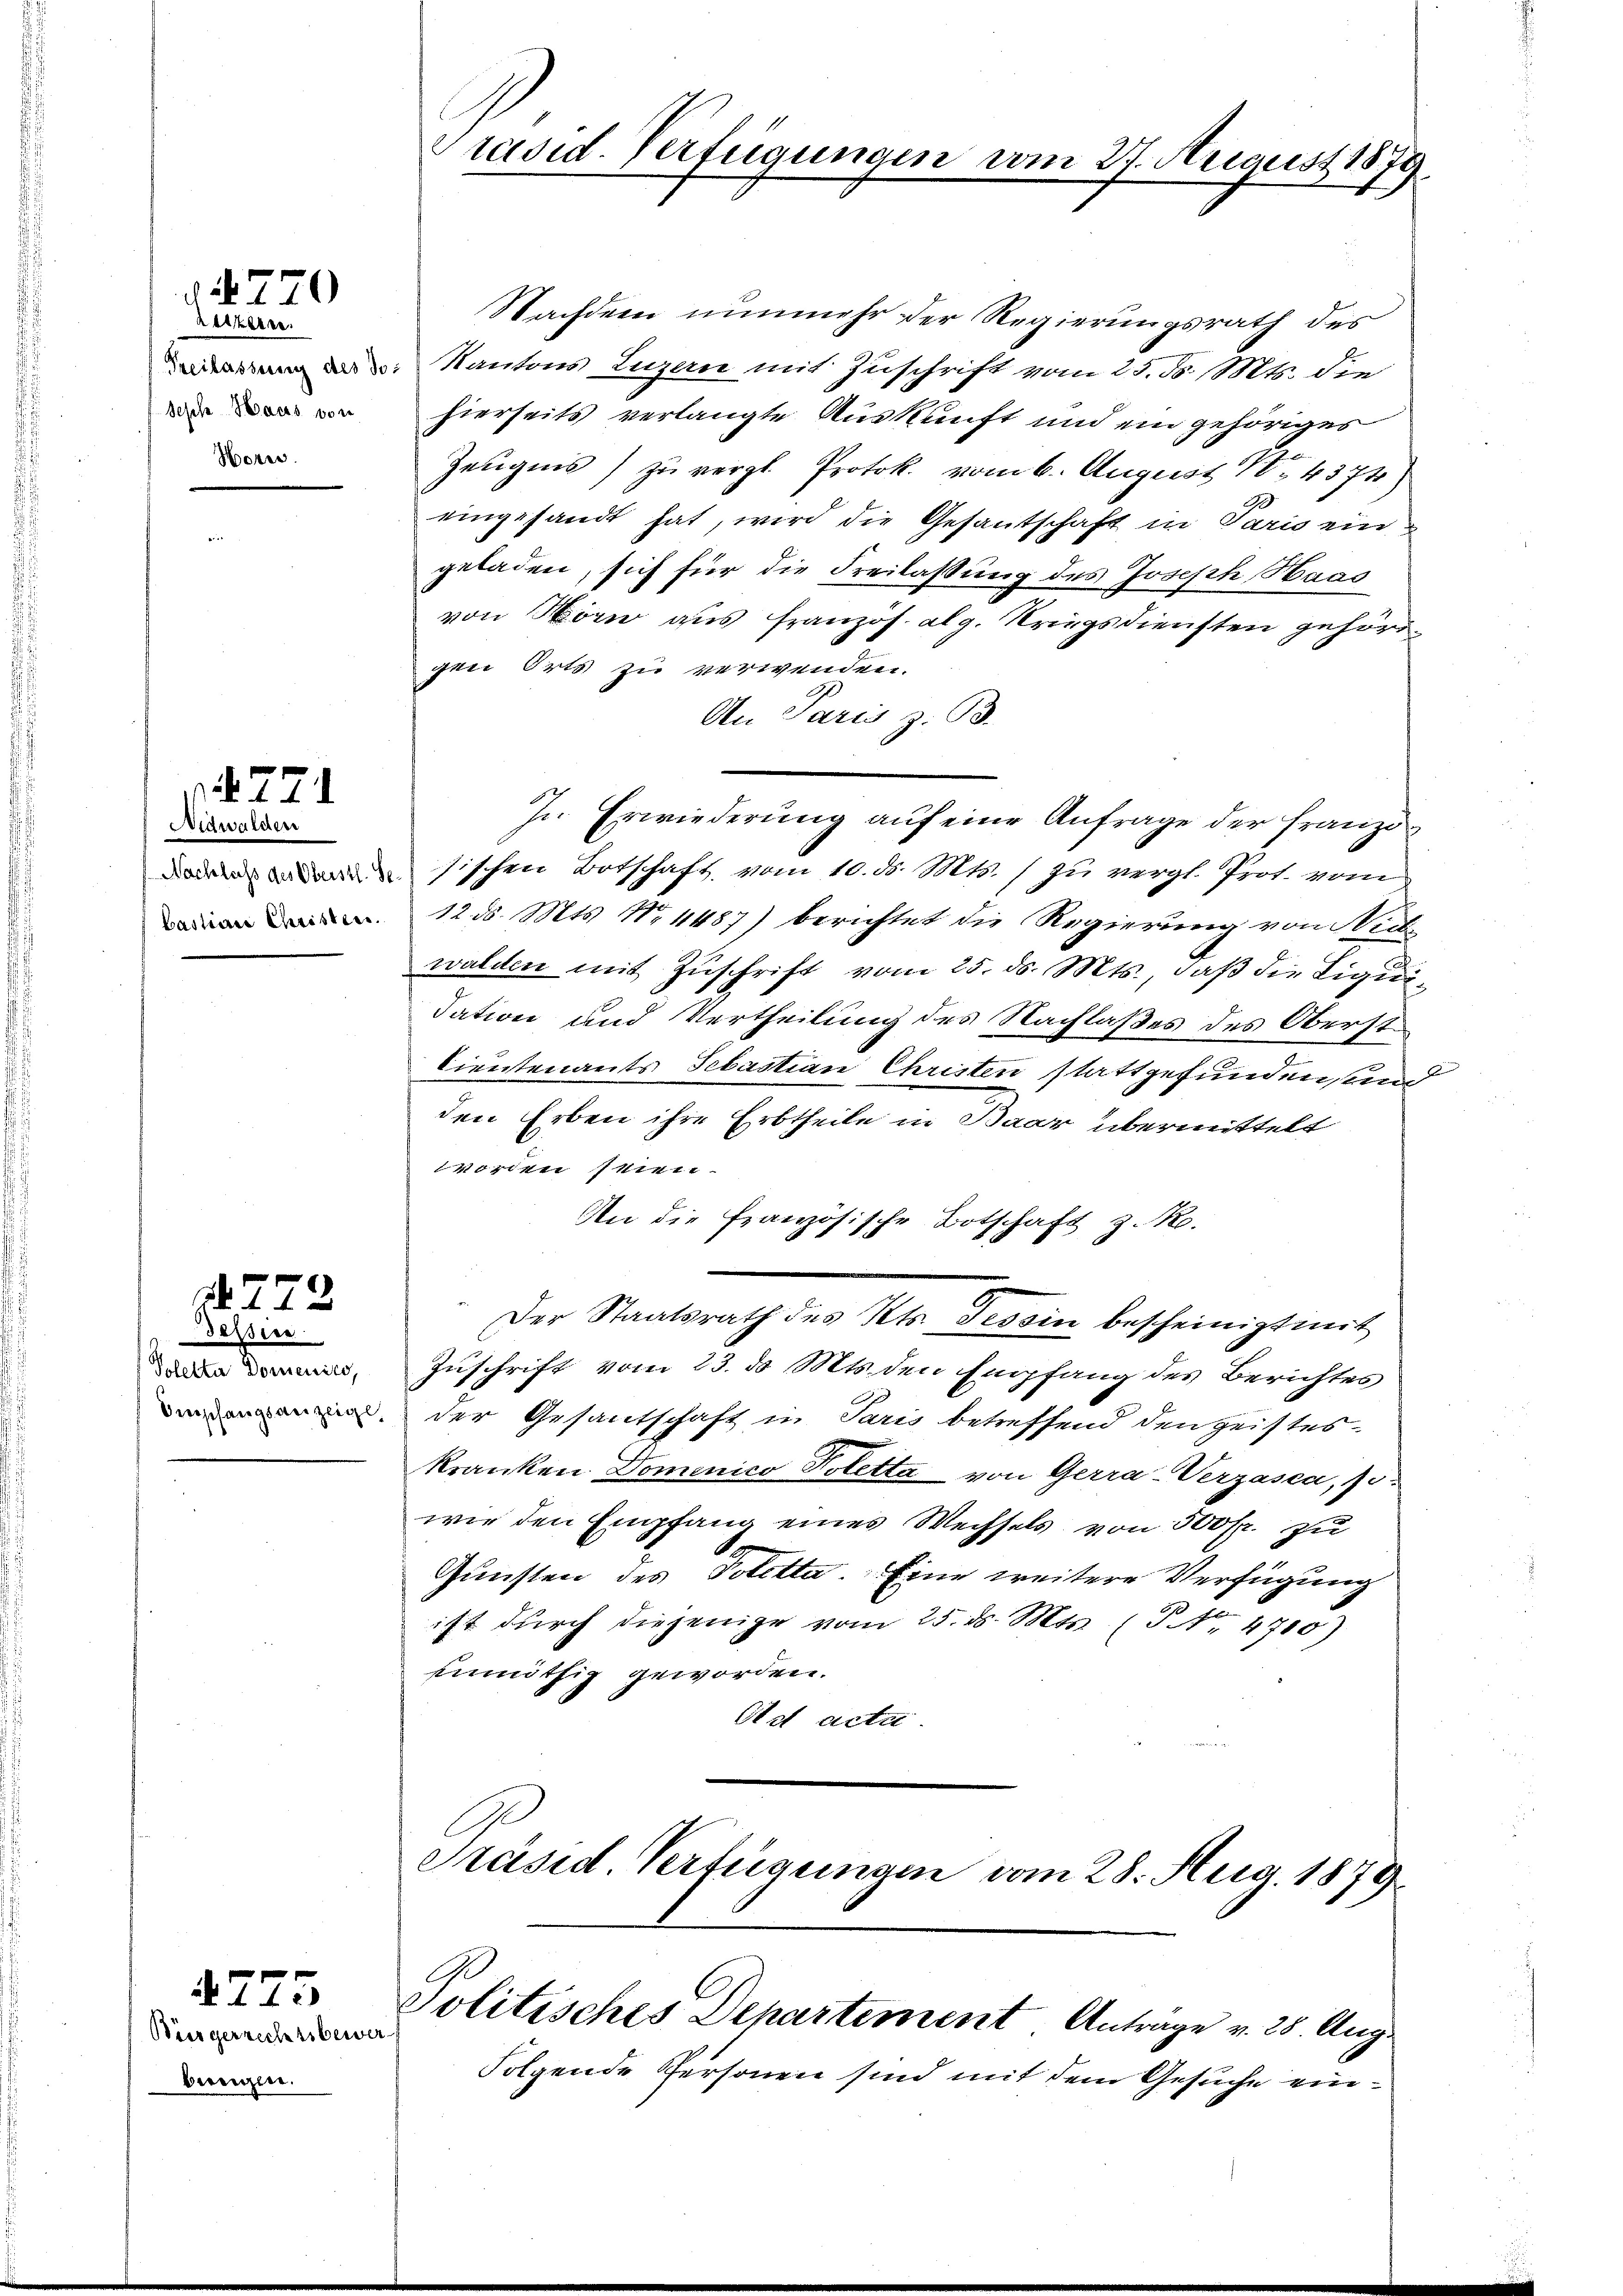
770

Reszerre
Seph Haus von
Hores

Nidwalden
bastierer Christen.

§271

Tessine
Poletta Domenico,
Empfangsanzeige,

A 272

Büergerrechtsbewerbungen.

275

Nachdem nunmehr der Regierungsrath des
 Kantons Luzern mit Zuschrift vom 23. d. Mts. die
hierseits verlangte Auskunft und ein gehöriges
Zeugnis zu vergl. Protok. vom 6. August 18. 4374)
eingesandt hat, wird die Gesantschaft in Paris ein
geladen, sich für die Freilassung des Joseph Haas
von Mörn aus Französ. alg. Kriegsdiensten gehörigen Orts zu verwenden.
An Paris z. B.
In Erwiederung auf eine Anfrage der Franzi
esischen Botschaft, vom 10. ds. Mts. / zu vergl. Prot. vom
12. d. Mts. No 11487) berichtet die Regierung von Nich
walden mit Zuschrift vom 25. ds. Mts., daß die Liqui¬
Tation und Vertheilung des Nachlaßes des Oberst¬
Lieutenants Sebastian Christen stattgefunden, und
den Erben ihre Erbtheile in Baar übermittelt
worden seien.
An die französische Botschaft z. R.
Der Staatsrath des Kts. Tessin bescheinigt mit
Zuschrift vom 23. d. Mts. den Empfang des Berichtes
der Gesantschaft in Paris betreffend den geistes
kranken. Domenico Poletta von Gerra-Verzasca, si
wie den Empfang eines Wechsels von 500 fr. zu
Gunsten des Poletta. Eine weitere Verfügung
ist durch diejenige vom 25. ds. Mts. (T. Nr. 4715)
ennöthig geworden.
Oet acta

Präsid. Vertregungen vom 27. August 1879

Präsid. Verfügungen vom 28. Aug. 1879.
Politisches Departement Anträge v. 28. Aug.

Folgende Personen sind mit dem Gesuche ein¬